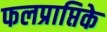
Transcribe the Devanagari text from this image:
फलप्राप्तिके